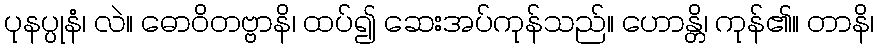
ပုနပ္ပုနံ၊ လဲ။ ဓောဝိတဗ္ဗာနိ၊ ထပ်၍ ဆေးအပ်ကုန်သည်။ ဟောန္တိ၊ ကုန်၏။ တာနိ၊